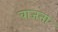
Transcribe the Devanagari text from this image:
वाजना